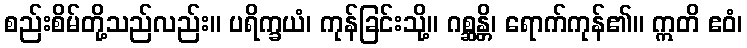
စည်းစိမ်တို့သည်လည်း။ ပရိက္ခယံ၊ ကုန်ခြင်းသို့။ ဂစ္ဆန္တိ၊ ရောက်ကုန်၏။ ဣတိ ဧဝံ၊